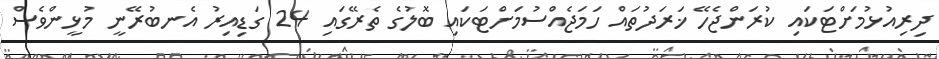
ދިރިއުޅުމަށްޓަކައި ކުރަންޖެހޭ ޚަރަދުތައް ހަމަޖެއްސުމަށްޓަކައި ބޮލުގެ ތެރޭގައި 24 ގަޑިއިރު އެނބުރޭނީ މުޅީންވެސް